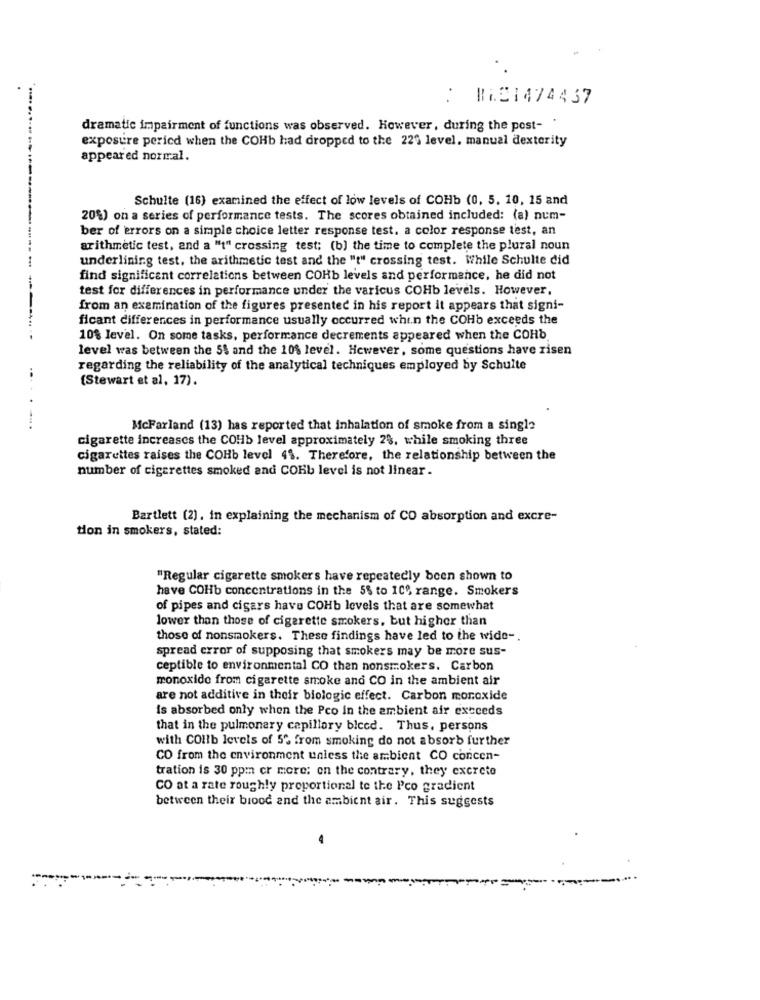
RWE1474437
dramatic impairment of functions was observed. However, during the post- '
exposure pericd when the COHb had dropped to the 225 level. manual dexterity
appeared normal.
Schulte (16) examined the effect of low levels of COHb (0, 5. 10, 15 and
20%) on a series of performance tests. The scores obtained included: (a) num-
ber of errors on a simple choice letter response test. a color response test, an
arithmetic test, and a "t" crossing test; (b) the time to complete the plural noun
underlining test, the arithmetic test and the "t" crossing test. While Schulte did
find significant correlations between COHb levels and performance, he did not
test for differences in performance under the varicus COHb levels. However,
from an examination of the figures presented in his report it appears that signi-
ficant differences in performance usually occurred when the COHb exceeds the
10% level. On some tasks, performance decrements appeared when the COHb
level was between the 54 and the 10$ level. However, some questions have risen
regarding the reliability of the analytical techniques employed by Schulte
(Stewart et al, 17).
McFarland (13) has reported that inhalation of smoke from a single
cigarette increases the COHb level approximately 2%, while smoking three
cigarettes raises the COHb level 4%. Therefore, the relationship between the
number of cigarettes smoked and COHb level is not linear .
Bartlett (2). in explaining the mechanism of CO absorption and excre-
tion in smokers, stated:
"Regular cigarette smokers have repeatedly been shown to
have COHb concentrations in the 5% to 10% range. Smokers
of pipes and cigars have COHb levels that are somewhat
lower than those of cigarette smokers, but higher than
those of nonsmokers. These findings have led to the wide -.
spread error of supposing that smokers may be more sus-
ceptible to environmental CO then nonsmokers. Carbon
monoxide from cigarette smoke and CO in the ambient air
are not additive in their biologic effect. Carbon monoxide
is absorbed only when the Pco in the ambient air exceeds
that in the pulmonary capillary bleed. Thus, persons
with COlib levels of 5% from smoking do not absorb further
CO from the environment unless the ambient CO concen-
tration is 30 ppm cr more; on the contrary, they excrete
CO at a rate roughly proportional te the Pco gradient
between their biood and the ambient air. This suggests